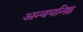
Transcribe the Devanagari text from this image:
अन्वयनिष्ठ